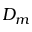
D _ { m }